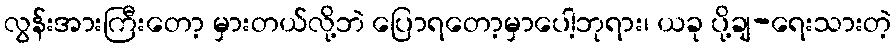
လွန်းအားကြီးတော့ မှားတယ်လို့ဘဲ ပြောရတော့မှာပေါ့ဘုရား၊ ယခု ပို့ချ-ရေးသားတဲ့